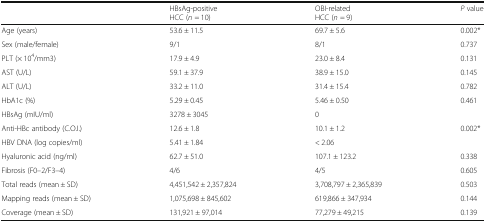
<table><thead><tr><td></td><td><b>HBsAg-positiveHCC (<i>n</i> = 10)</b></td><td><b>OBI-relatedHCC (<i>n</i> = 9)</b></td><td><b><i>P</i> value</b></td></tr></thead><tbody><tr><td>Age (years)</td><td>53.6 ± 11.5</td><td>69.7 ± 5.6</td><td>0.002*</td></tr><tr><td>Sex (male/female)</td><td>9/1</td><td>8/1</td><td>0.737</td></tr><tr><td>PLT (× 10<sup>4</sup>/mm3)</td><td>17.9 ± 4.9</td><td>23.0 ± 8.4</td><td>0.131</td></tr><tr><td>AST (U/L)</td><td>59.1 ± 37.9</td><td>38.9 ± 15.0</td><td>0.145</td></tr><tr><td>ALT (U/L)</td><td>33.2 ± 11.0</td><td>31.4 ± 15.4</td><td>0.782</td></tr><tr><td>HbA1c (%)</td><td>5.29 ± 0.45</td><td>5.46 ± 0.50</td><td>0.461</td></tr><tr><td>HBsAg (mIU/ml)</td><td>3278 ± 3045</td><td>0</td><td></td></tr><tr><td>Anti-HBc antibody (C.O.I.)</td><td>12.6 ± 1.8</td><td>10.1 ± 1.2</td><td>0.002*</td></tr><tr><td>HBV DNA (log copies/ml)</td><td>5.41 ± 1.84</td><td>&lt; 2.06</td><td></td></tr><tr><td>Hyaluronic acid (ng/ml)</td><td>62.7 ± 51.0</td><td>107.1 ± 123.2</td><td>0.338</td></tr><tr><td>Fibrosis (F0–2/F3–4)</td><td>4/6</td><td>4/5</td><td>0.605</td></tr><tr><td>Total reads (mean ± SD)</td><td>4,451,542 ± 2,357,824</td><td>3,708,797 ± 2,365,839</td><td>0.503</td></tr><tr><td>Mapping reads (mean ± SD)</td><td>1,075,698 ± 845,602</td><td>619,866 ± 347,934</td><td>0.144</td></tr><tr><td>Coverage (mean ± SD)</td><td>131,921 ± 97,014</td><td>77,279 ± 49,215</td><td>0.139</td></tr></tbody></table>